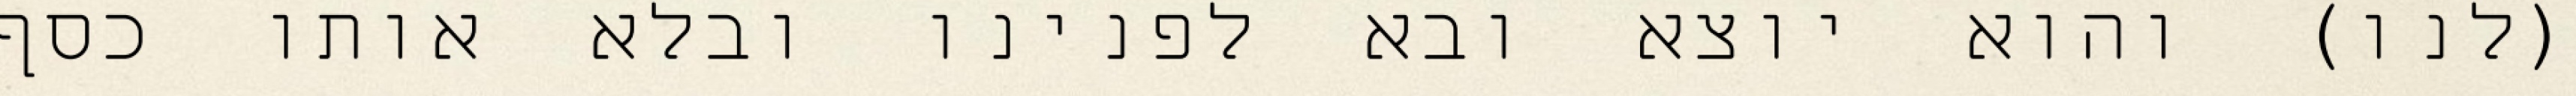
(לנו) והוא יוצא ובא לפנינו ובלא אותו כסף